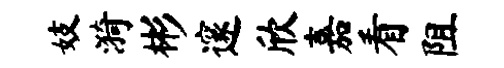
妓漪彬邃欣嘉看阻